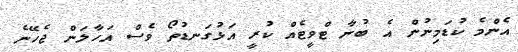
އެންމެ ކުޑަމިނުން އެ ބުނާ ޓްވީޓެއް ކުރީ އަޅުގަނޑުތޯ ވެސް އަހާލަން ޖެހޭނެ